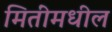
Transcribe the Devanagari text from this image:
मितींमधील